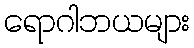
ရောဂါဘယများ